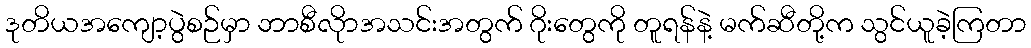
ဒုတိယအကျော့ပွဲစဉ်မှာ ဘာစီလိုာအသင်းအတွက် ဂိုးတွေကို တူရန်နဲ့ မက်ဆီတို့က သွင်ယူခဲ့ကြတာ